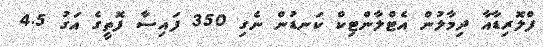
ފްލޮރިޑާއާ ދިމާލުން އެޓްލާންޓިކް ކަނޑުން ނެގި 350 ފައިސާ ފޮތީގެ އަގު 4.5